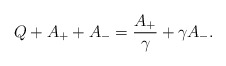
\begin{align*}Q+A_{+}+A_{-}=\frac{A_{+}}{\gamma}+\gamma A_{-}.\end{align*}